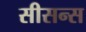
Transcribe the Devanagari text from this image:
सीसन्स